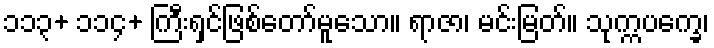
၁၁၃+ ၁၁၄+ ကြီးရှင်ဖြစ်တော်မူသော။ ရာဇာ၊ မင်းမြတ်။ သုက္ကပက္ခေ၊